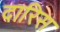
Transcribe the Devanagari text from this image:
दारिस